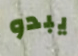
يبدو